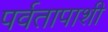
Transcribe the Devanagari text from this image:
पर्वतापाशी